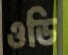
ওডি